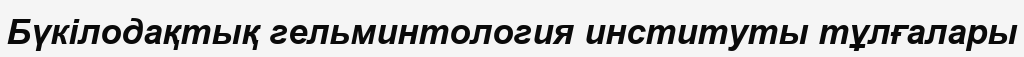
Бүкілодақтық гельминтология институты тұлғалары